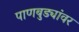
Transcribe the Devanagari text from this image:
पाणबुड्यांवर